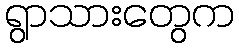
ရွာသားတွေက